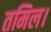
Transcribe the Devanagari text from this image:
तमिल।